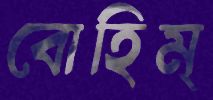
বোহিম্